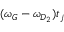
( \omega _ { G } - \omega _ { D _ { 2 } } ) t _ { j }